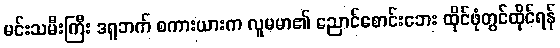
မင်းသမီးကြီး ဒရူဘက် စကားယားက လူမမာ၏ ညောင်စောင်းဘေး ထိုင်ဖုံတွင်ထိုင်ရန်